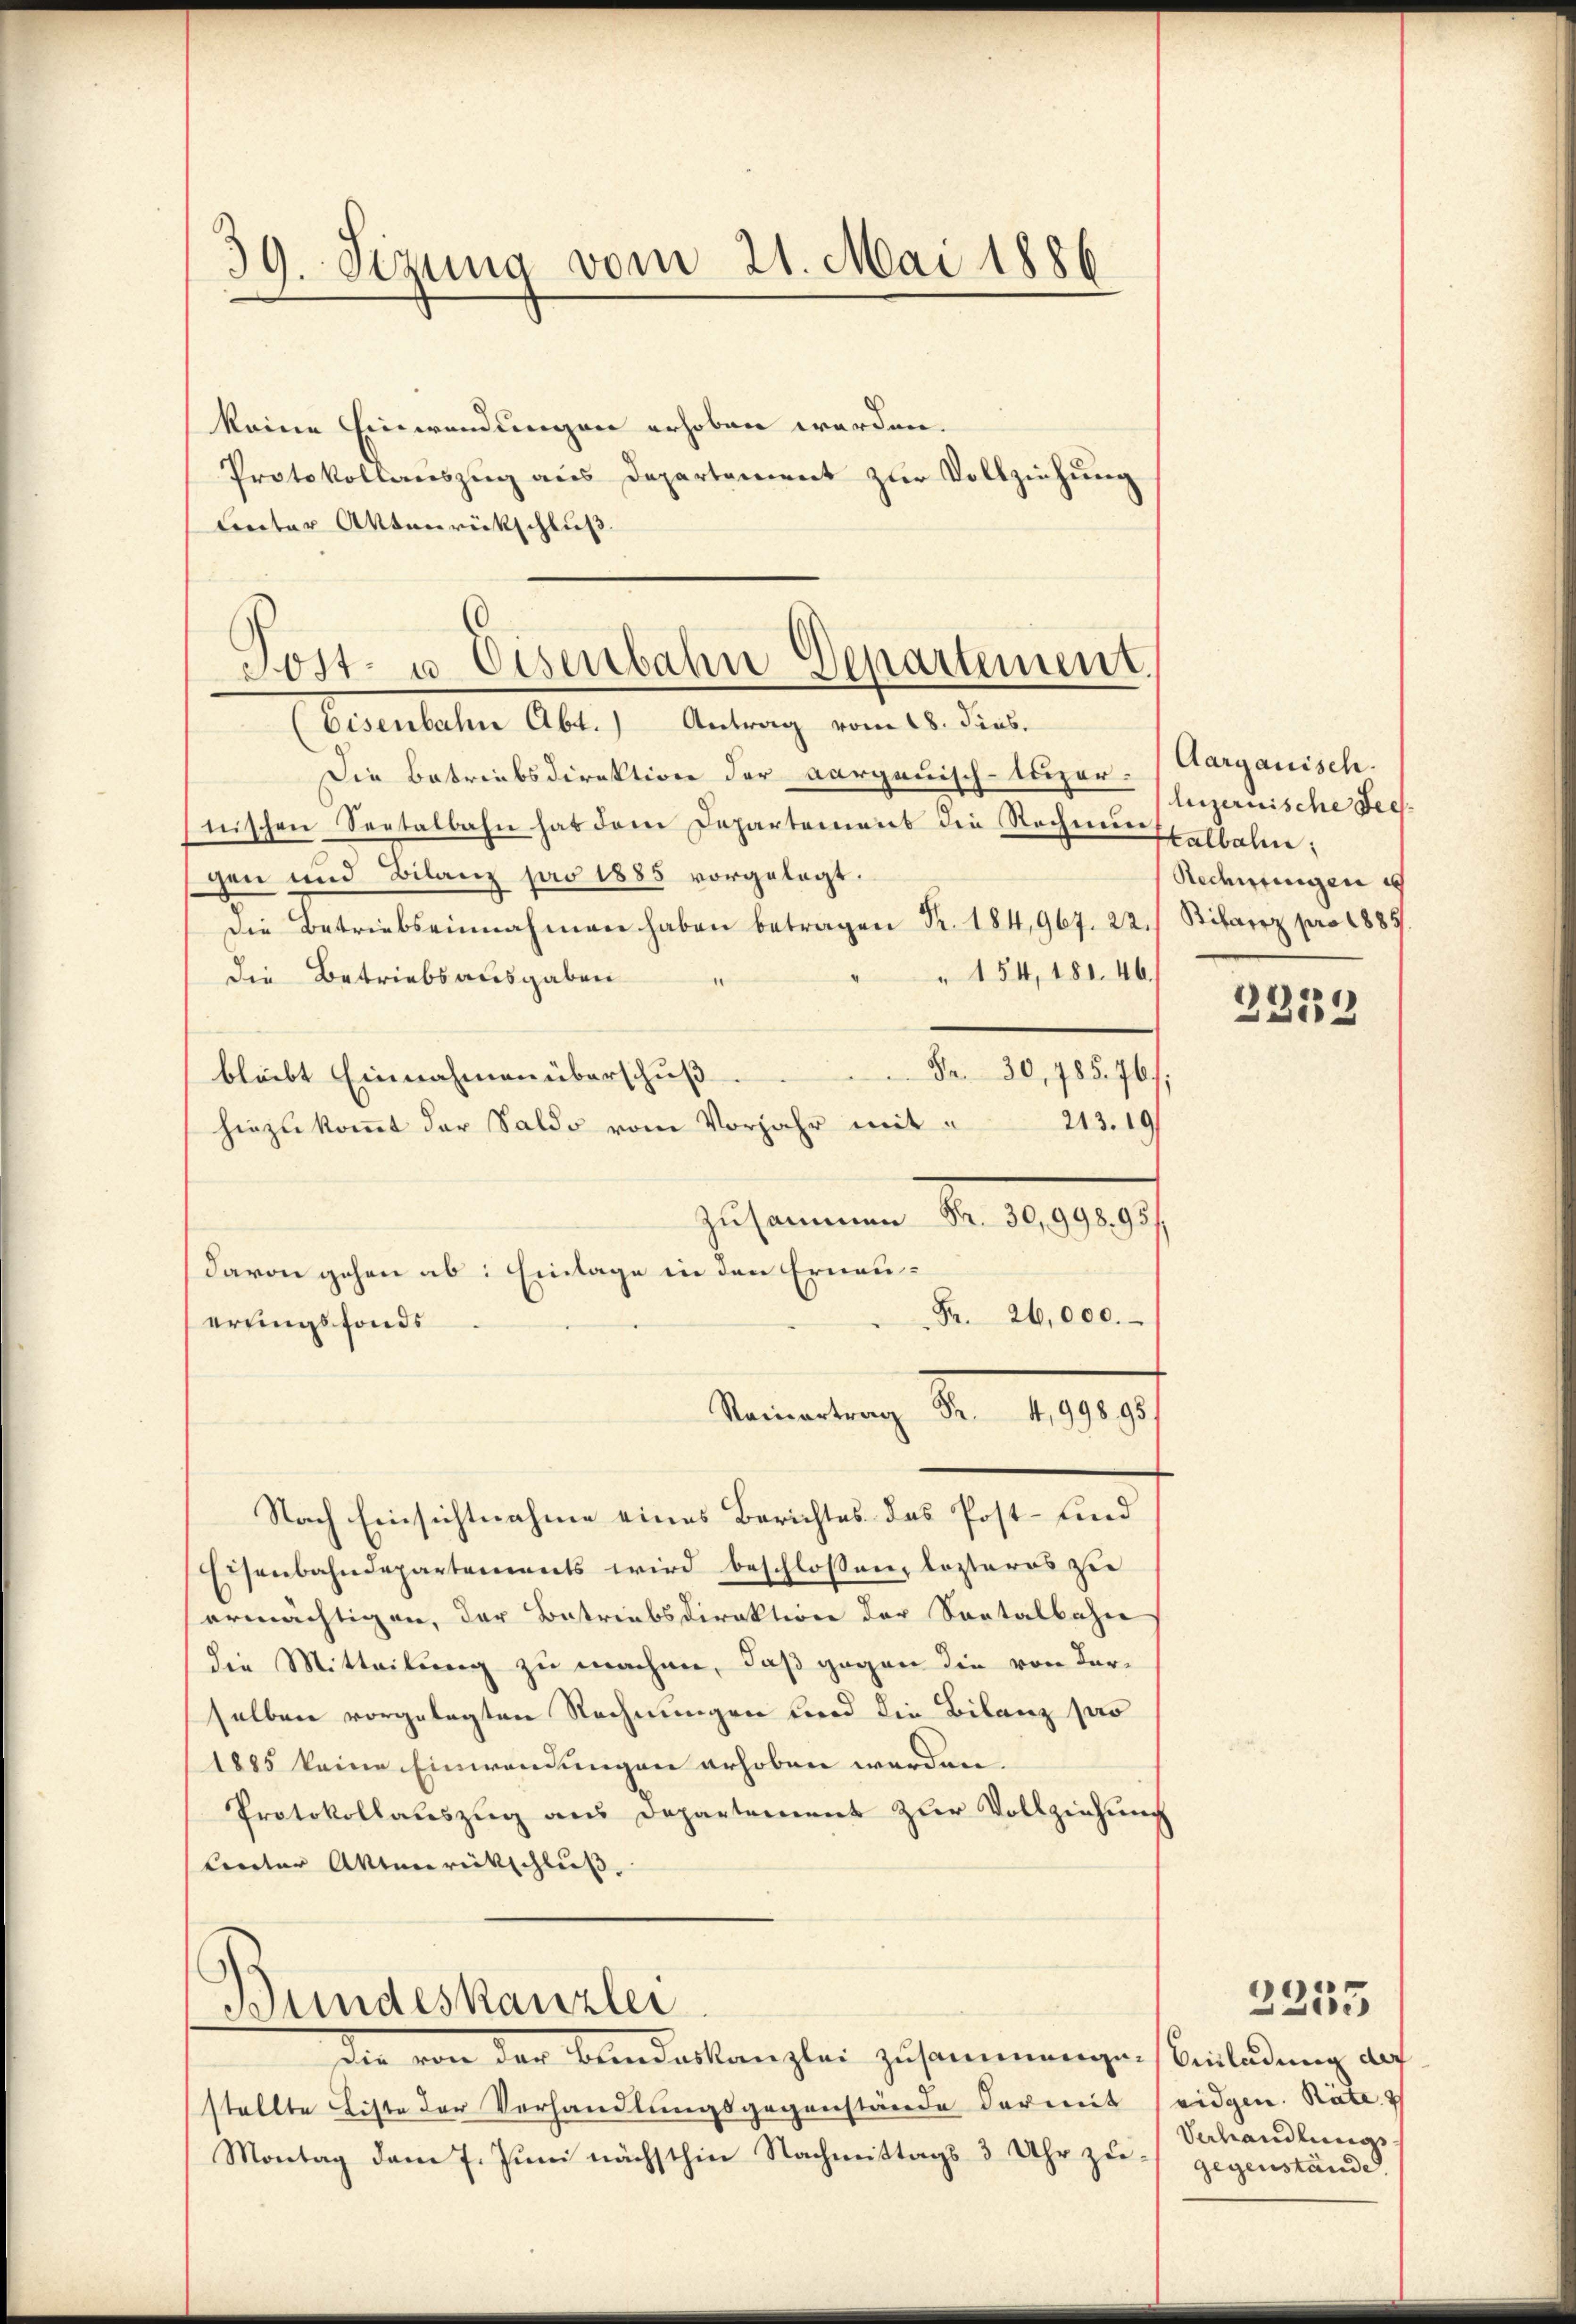
39. Sizung vom 21. Mai 1886

keine Einwendungen erhoben werden.
Protokollauszug aus Departement zur Vollziehung
Lnter Aktenrückschluß.

Tost- u. Eisenbahn Departement.

(Eisenbahn Abt. Antrag vom 28. Pius.
Die Betriebsdirektion der aargauisch-luzer. (Aargauisch.
nischen Seetalbahn hat dem Departement die Rechnungenbahne;
gen und Bilanz pro 1885 vorgelegt.
Die Betriebseinnahmen haben betragen Fr. 184, 967. 22./ Bilanz pro 1885
" 154, 181. 46.
die Betriebsausgaben
“
Fr. 30, 485. 46;
bleibt Einnahmen überschuß
213. 19
hinzukommt der Saldo vom Vorjahr mitzusammen Nr. 10. 1919.
Fr. 26,000.
erdingsfonds
Stammlung der 1899/
Nach Einsichtnahme eines Berichtes das Post- sind
Eisenbahndepartements wird beschloßen, lezteres zu
ermächtigen, der Betriebsdirektion der Saatalbahn
die Mitteilung zu machen, daß gegen die von derselben vorgelegten Rechnungen wird die Bilanz par
1885 keine Einwendungen erhoben werden.
Protokollauszug aus Departement zur Vollziehung
tinter Aktenrückschluß.

davon gehen ab: Einlage in den Erneu¬

Bundeskanzlei

Die von den Bundeskanzlei zusammenge-
stellte Liste der Verhandlungsgegenstände der mit
Montag dem 7. Juni nächsthin Nachmittags 3 Uhr zu¬

luzernische Sees
Rechnungen es

e
330

Einladung der
eidgen. Rate
Verhandlungs
gegenstände

2235